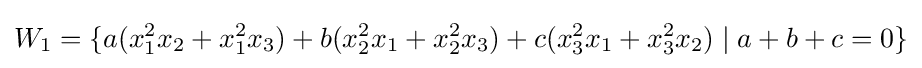
W_{1}=\{a(x_{1}^{2}x_{2}+x_{1}^{2}x_{3})+b(x_{2}^{2}x_{1}+x_{2}^{2}x_{3})+c(x_{3}^{2}x_{1}+x_{3}^{2}x_{2})\mid a+b+c=0\}